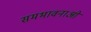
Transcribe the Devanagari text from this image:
समभावनाओं